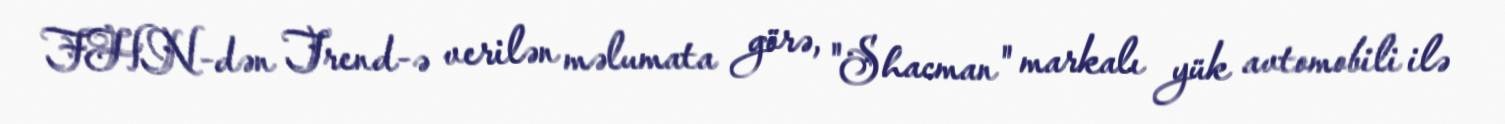
FHN-dən Trend-ə verilən məlumata görə, "Shacman" markalı yük avtomobili ilə